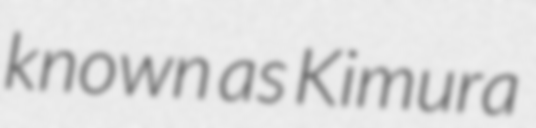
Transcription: known as Kimura